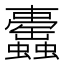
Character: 𧕰